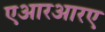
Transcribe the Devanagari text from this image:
एआरआरए